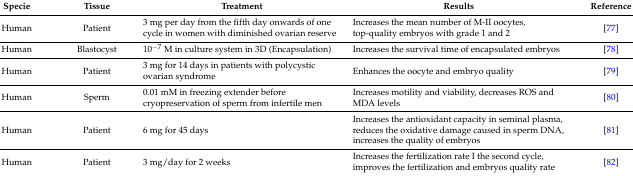
| Specie | Tissue | Treatment | Results | Reference |
 | --- | --- | --- | --- | --- |
 | Human | Patient | 3 mg per day from the fifth day onwards of one cycle in women with diminished ovarian reserve | Increases the mean number of M-II oocytes, top-quality embryos with grade 1 and 2 | [77] |
 | Human | Blastocyst | 10−7 M in culture system in 3D (Encapsulation) | Increases the survival time of encapsulated embryos | [78] |
 | Human | Patient | 3 mg for 14 days in patients with polycystic ovarian syndrome | Enhances the oocyte and embryo quality | [79] |
 | Human | Sperm | 0.01 mM in freezing extender before cryopreservation of sperm from infertile men | Increases motility and viability, decreases ROS and MDA levels | [80] |
 | Human | Patient | 6 mg for 45 days | Increases the antioxidant capacity in seminal plasma, reduces the oxidative damage caused in sperm DNA, increases the quality of embryos | [81] |
 | Human | Patient | 3 mg/day for 2 weeks | Increases the fertilization rate I the second cycle, improves the fertilization and embryos quality rate | [82] |